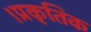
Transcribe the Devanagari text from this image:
।प्रकृतिक